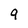
Character: 9